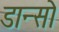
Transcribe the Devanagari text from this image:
डान्सो